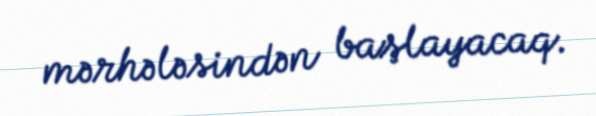
mərhələsindən başlayacaq.